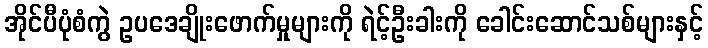
အိုင်ပီပုံစံကွဲ ဥပဒေချိုးဖောက်မှုများကို ရဲင့်ဦးခါးကို ခေါင်းဆောင်သစ်များနှင့်